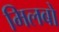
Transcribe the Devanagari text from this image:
मिलबो